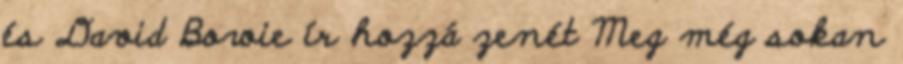
és David Bowie ír hozzá zenét Meg még sokan